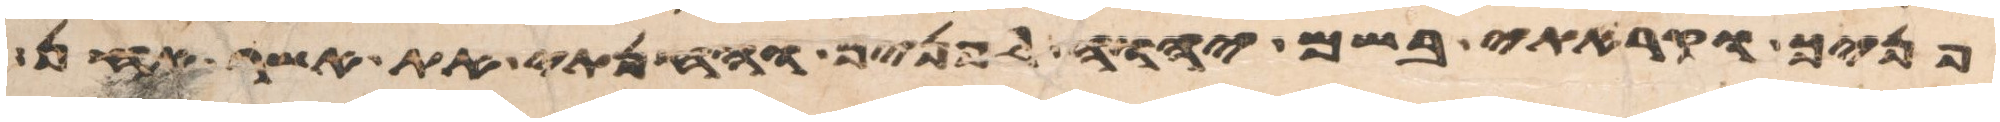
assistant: פניך וקראתי בשם יהוה לפניך וחנתי את אשר אחן